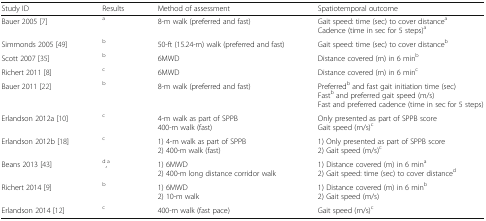
<table><thead><tr><td><b>Study ID</b></td><td><b>Results</b></td><td><b>Method of assessment</b></td><td><b>Spatiotemporal outcome</b></td></tr></thead><tbody><tr><td>Bauer 2005 [7]</td><td><sup>a</sup></td><td>8-m walk (preferred and fast)</td><td>Gait speed: time (sec) to cover distance<sup>a</sup>Cadence (time in sec for 5 steps)<sup>a</sup></td></tr><tr><td>Simmonds 2005 [49]</td><td><sup>b</sup></td><td>50-ft (15.24-m) walk (preferred and fast)</td><td>Gait speed: time (sec) to cover distance<sup>b</sup></td></tr><tr><td>Scott 2007 [35]</td><td><sup>b</sup></td><td>6MWD</td><td>Distance covered (m) in 6 min<sup>b</sup></td></tr><tr><td>Richert 2011 [8]</td><td><sup>c</sup></td><td>6MWD</td><td>Distance covered (m) in 6 min<sup>c</sup></td></tr><tr><td>Bauer 2011 [22]</td><td><sup>b</sup></td><td>8-m walk (preferred and fast)</td><td>Preferred<sup>b</sup> and fast gait initiation time (sec)Fast<sup>b</sup> and preferred gait speed (m/s)Fast and preferred cadence (time in sec for 5 steps)</td></tr><tr><td>Erlandson 2012a [10]</td><td><sup>c</sup></td><td>4-m walk as part of SPPB400-m walk (fast)</td><td>Only presented as part of SPPB scoreGait speed (m/s)<sup>c</sup></td></tr><tr><td>Erlandson 2012b [18]</td><td><sup>c</sup></td><td>1) 4-m walk as part of SPPB2) 400-m walk (fast)</td><td>1) Only presented as part of SPPB score2) Gait speed (m/s)<sup>c</sup></td></tr><tr><td>Beans 2013 [43]</td><td><sup>d</sup>,<sup>a</sup></td><td>1) 6MWD2) 400-m long distance corridor walk</td><td>1) Distance covered (m) in 6 min<sup>a</sup>2) Gait speed: time (sec) to cover distance<sup>d</sup></td></tr><tr><td>Richert 2014 [9]</td><td><sup>b</sup></td><td>1) 6MWD2) 10-m walk</td><td>1) Distance covered (m) in 6 min<sup>b</sup>2) Gait speed (m/s)</td></tr><tr><td>Erlandson 2014 [12]</td><td><sup>c</sup></td><td>400-m walk (fast pace)</td><td>Gait speed (m/s)<sup>c</sup></td></tr></tbody></table>